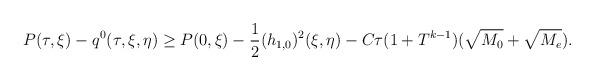
LaTeX: \begin{align*}P(\tau,\xi)-q^0(\tau,\xi,\eta)&\geq P(0,\xi)-\frac{1}{2}(h_{1,0})^2(\xi,\eta) -C\tau(1+T^{k-1})(\sqrt{M_0}+\sqrt{M_e}).\end{align*}